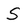
Character: S